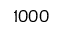
1 0 0 0